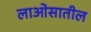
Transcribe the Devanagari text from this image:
लाओसातील